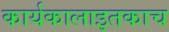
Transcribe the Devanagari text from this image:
कार्यकालाइतकाच